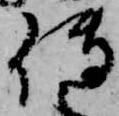
伝